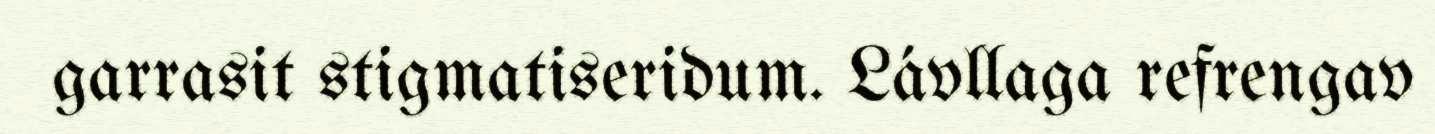
garrasit stigmatiseridum. Lávllaga refrengav